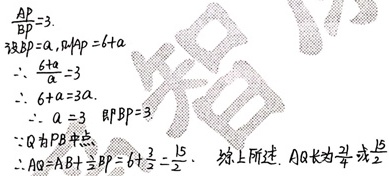
\(\frac{AP}{BP}=3\)。设 \(BP = a\)，则 \(AP = 6 + a\)。
\(\therefore\frac{6 + a}{a}=3\)
\(\therefore6 + a = 3a\)。
\(\therefore a = 3\)，即 \(BP = 3\)。
\(\because Q\) 为 \(AB\) 中点，\(\therefore AQ = AB\div 2=\frac{6 + 3}{2}=\frac{9}{2}\)。

综上所述，\(AQ\) 长为 \(\frac{9}{2}\)或 \(\frac{15}{2}\)。